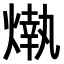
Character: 𤎒